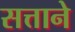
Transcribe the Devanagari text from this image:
सत्ताने